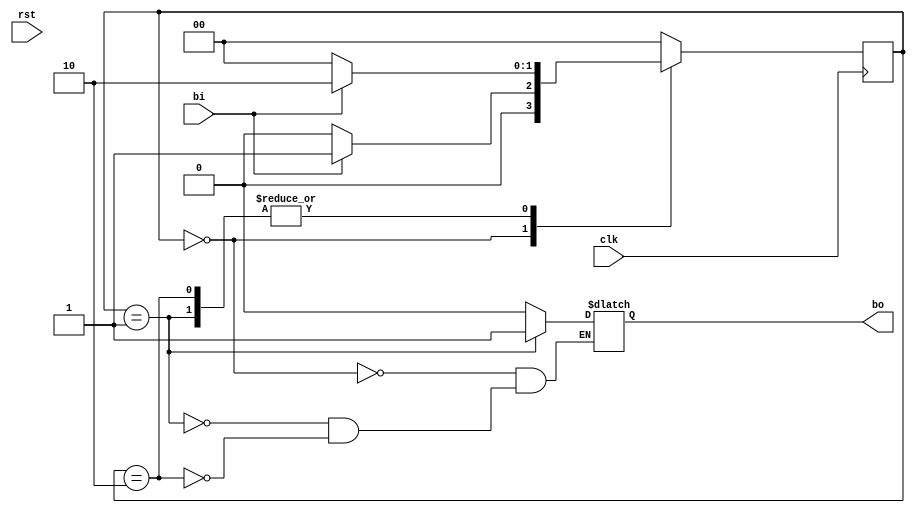
`timescale 1ns / 1ps


module BtnSync(
    input       bi, rst, clk,
    output  reg bo
    );
    
    reg [1:0] state;
    localparam waitrise = 0, pulse = 1, waitfall = 2;
    
    always @(posedge clk) begin
        if (rst) state <= waitrise;
        case (state) 
            waitrise : begin
                if (bi)         state <= pulse;
                else if (!bi)   state <= waitrise;
            end
            pulse : begin
                if (bi)         state <= waitfall;
                else if (!bi)   state <= waitrise;
            end
            waitfall : begin 
                if (bi)         state <= waitfall;
                else if (!bi)   state <= waitrise;
            end
            default : state <= waitrise;
        endcase
    end
    
    always @(state) begin
        case (state) 
            waitrise :  bo <= 1'b0;
            pulse :     bo <= 1'b1;
            waitfall :  bo <= 1'b0;
        endcase 
    end
    
endmodule